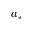
a _ { * }